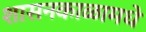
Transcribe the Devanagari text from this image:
शासनकाळामधे